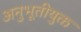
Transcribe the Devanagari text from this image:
अनुभूतीयुक्त